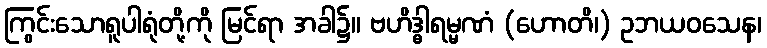
ကြွင်းသောရူပါရုံတို့ကို မြင်ရာ အခါ၌။ ဗဟိဒ္ဓါရမ္မဏံ (ဟောတိ၊) ဥဘယဝသေန၊